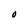
Character: O